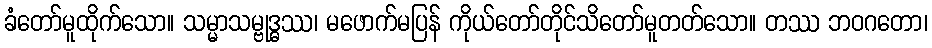
ခံတော်မူထိုက်သော။ သမ္မာသမ္ဗုဒ္ဓဿ၊ မဖောက်မပြန် ကိုယ်တော်တိုင်သိတော်မူတတ်သော။ တဿ ဘဝဂတော၊